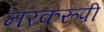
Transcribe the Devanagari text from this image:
नरकरूपी